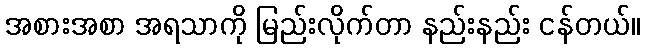
အစားအစာ အရသာကို မြည်းလိုက်တာ နည်းနည်း ငန်တယ်။